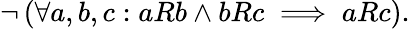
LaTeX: \lnot\left(\forall a,b,c:aRb\land bRc\implies aRc\right).